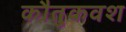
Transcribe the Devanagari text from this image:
कौतुकवश